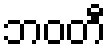
ဘဝတီ